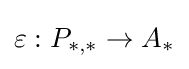
\varepsilon :P_{*,*}\to A_{*}